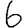
Digit: 6